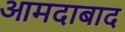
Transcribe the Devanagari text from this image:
आमदाबाद